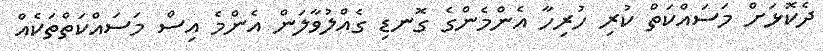
ދެކޮޅަށް މަސައްކަތް ކުރި ހުރިހާ އެންމެންގެ ގޮނޑި ގެއްލުވާލަން އެންމެ އިސް މަސައްކަތްތަކެއް